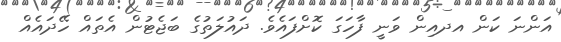
އަންނަ ކަން އދއިން ވަނީ ފާހަގަ ކޮށްފައެވެ. ދައުލަތުގެ ބަޖެޓުން އެތައް ހޭދައެއް